Medical and sanitary report of the native army of Madras for the year
Year: 1877
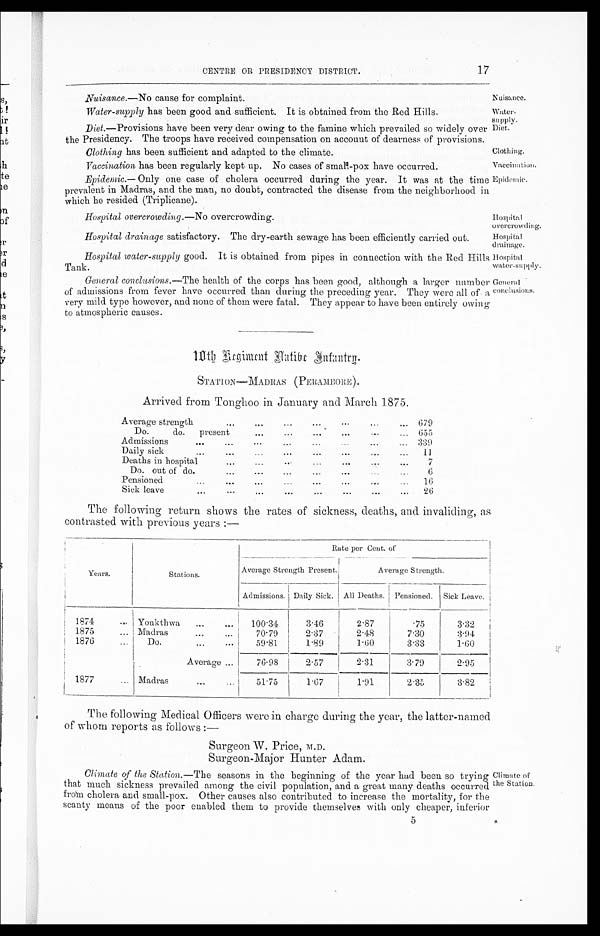
N uisance.
Water-supply.
Diet.
Clothing.
Vaccination.
Epidemic..
Hospital
overcrowding.
Hospital
drainage.
Hospital
water-supply.
General
conclusions.
CENTRE OR. PRESIDENCY DISTRICT.17
Nuisance. —No cause for complaint.
Water-supply has been good and sufficient. It is obtained from the Red Hills.
Diet. —Provisions have been very dear owing to the famine which prevailed so widely over
the Presidency. The troops have received compensation on account of dearness of provisions.
Clothing has been sufficient and adapted to the climate.
Vaccination has been regularly kept up. No cases of small-pox have occurred.
Epidemic. — Only one case of cholera occurred during the year. It was at the time
prevalent in Madras, and the man, no doubt, contracted the disease from the neighborhood in
which he resided (Triplicane).
Hospital overcrowding. —No overcrowding.
Hospital drainage satisfactory. The dry-earth sewage has been efficiently carried out.
Hospital water-supply good. It is obtained from pipes in connection with the Red Hills
Tank.
General conclusions. —The health of the corps has been good, although a larger number
of admissions from fever have occurred than during the preceding year. They were all of a
very mild type however, and none of them were fatal. They appear to have been entirely owing
to atmospheric causes.
1 0 t h R e g i m e n t N a t i v e I n f a n t r y .
STATION—MADRAS (PERAMBORE).
Arrived from Tonghoo in January and March 1875.
Average strength
679
Do. do. present
655
Admissions
339
Daily sick
11
Deaths in hospital
7
Do. out of do.
6
Pe nsion ed
1 6
Sick leave
''.
...
...
...
...
—
26
The following return shows the rates of sickness, deaths, and invaliding, as
contrasted with previous years :—
Years.
Stations.
Rate per Cent.
of
Average Strength Present.
Average Strength.
Admissions. Daily Sick. I All Deaths. Pensioned. Sick Leave.
1874
Yonkthwa
100.34
3.46
2.87
.75
3.32
1875
Madras
70.79
2.37
2.48
7.30
3.94
1876
Do.
59.81
1.89
1.60
3.33
1.60
Average
70.98
2.57
2.31
3.79
2.95
1877
Madras
51.75
1.67
1 . 9 1
2.35
3.82
The following Medical Officers were in charge during the year, the latter-named
of whom reports as follows :-
Surgeon W. Price, M.D.
Surgeon-Major Hunter Adam.
Climate of the Station. —The seasons in the beginning of the year had been so trying
that much sickness prevailed among the civil population, and a great many deaths occurred
from cholera and small-pox. Other causes also contributed to increase the mortality, for the
scanty means of the poor enabled them to provide themselves with only cheaper, inferior
Climate of
the Station.
5